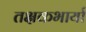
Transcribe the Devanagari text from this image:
तक्षकभार्या